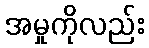
အမှုကိုလည်း